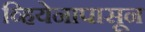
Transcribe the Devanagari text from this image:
व्हियेनापासून